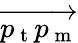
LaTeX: \overrightarrow{p_{\mathrm{~t~}}p_{\mathrm{~m~}}}